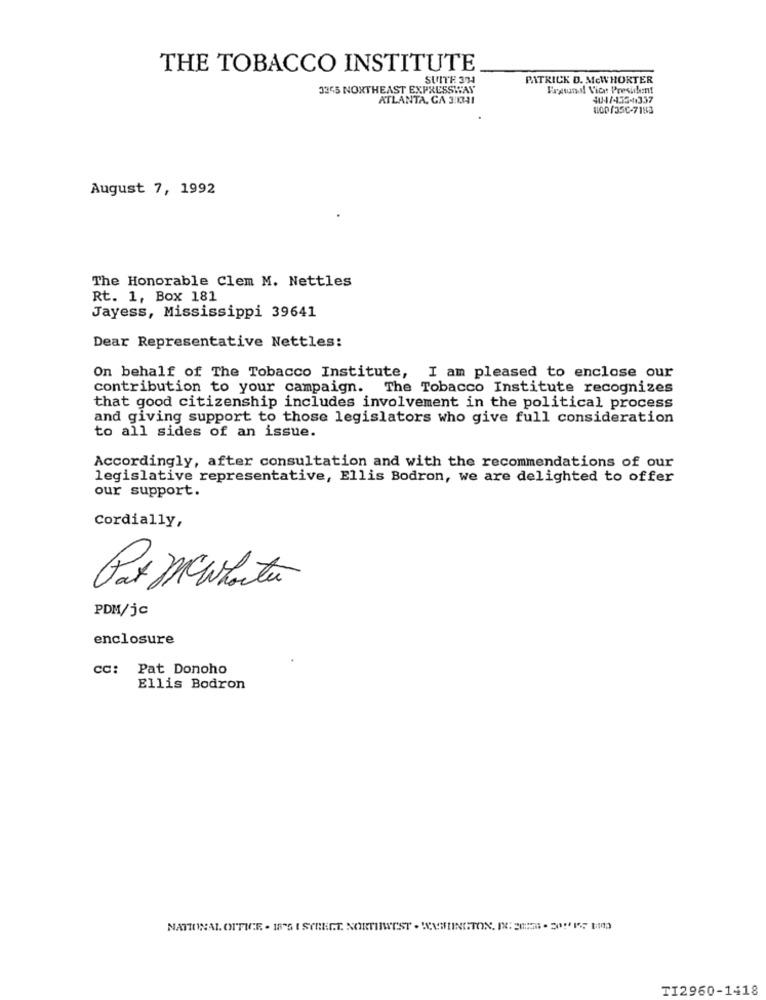
THE TOBACCO INSTITUTE
SUITE 374
PATRICK D. MCWHORTER
3345 NORTHEAST EXPRESSWAY
Lagtund! Vice President
ATLANTA, GA 3:1341
404/453-4337
8100/350-7188
August 7, 1992
The Honorable Clem M. Nettles
Rt. 1, Box 181
Jayess, Mississippi 39641
Dear Representative Nettles:
On behalf of The Tobacco Institute, I am pleased to enclose our
contribution to your campaign. The Tobacco Institute recognizes
that good citizenship includes involvement in the political process
and giving support to those legislators who give full consideration
to all sides of an issue.
Accordingly, after consultation and with the recommendations of our
legislative representative, Ellis Bodron, we are delighted to offer
our support.
Cordially,
PDM/jc
enclosure
CC: Pat Donoho
Ellis Bodron
NATIONAL. OFFICE - 18'S I STREET. NORTHWEST . SCUSHINGTON. 1. 20:51 . 20215 8m
TI2960-1418